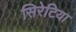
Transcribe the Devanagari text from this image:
सिरेटिया